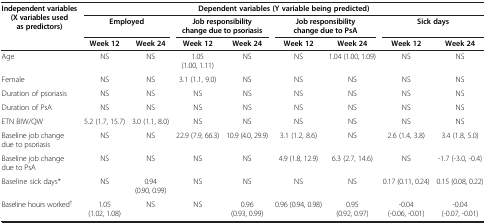
<table><thead><tr><td rowspan="2"><b>Independent variables (X variables used as predictors)</b></td><td colspan="8"><b>Dependent variables (Y variable being predicted)</b></td></tr><tr><td colspan="2"><b>Employed</b></td><td colspan="2"><b>Job responsibility change due to psoriasis</b></td><td colspan="2"><b>Job responsibility change due to PsA</b></td><td colspan="2"><b>Sick days</b></td></tr><tr><td><b> </b></td><td><b>Week 12</b></td><td><b>Week 24</b></td><td><b>Week 12</b></td><td><b>Week 24</b></td><td><b>Week 12</b></td><td><b>Week 24</b></td><td><b>Week 12</b></td><td><b>Week 24</b></td></tr></thead><tbody><tr><td>Age</td><td>NS</td><td>NS</td><td>1.05 (1.00, 1.11)</td><td>NS</td><td>NS</td><td>1.04 (1.00, 1.09)</td><td>NS</td><td>NS</td></tr><tr><td>Female</td><td>NS</td><td>NS</td><td>3.1 (1.1, 9.0)</td><td>NS</td><td>NS</td><td>NS</td><td>NS</td><td>NS</td></tr><tr><td>Duration of psoriasis</td><td>NS</td><td>NS</td><td>NS</td><td>NS</td><td>NS</td><td>NS</td><td>NS</td><td>NS</td></tr><tr><td>Duration of PsA</td><td>NS</td><td>NS</td><td>NS</td><td>NS</td><td>NS</td><td>NS</td><td>NS</td><td>NS</td></tr><tr><td>ETN BIW/QW</td><td>5.2 (1.7, 15.7)</td><td>3.0 (1.1, 8.0)</td><td>NS</td><td>NS</td><td>NS</td><td>NS</td><td>NS</td><td>NS</td></tr><tr><td>Baseline job change due to psoriasis</td><td>NS</td><td>NS</td><td>22.9 (7.9, 66.3)</td><td>10.9 (4.0, 29.9)</td><td>3.1 (1.2, 8.6)</td><td>NS</td><td>2.6 (1.4, 3.8)</td><td>3.4 (1.8, 5.0)</td></tr><tr><td>Baseline job change due to PsA</td><td>NS</td><td>NS</td><td>NS</td><td>NS</td><td>4.9 (1.8, 12.9)</td><td>6.3 (2.7, 14.6)</td><td>NS</td><td>-1.7 (-3.0, -0.4)</td></tr><tr><td>Baseline sick days*</td><td>NS</td><td>0.94 (0.90, 0.99)</td><td>NS</td><td>NS</td><td>NS</td><td>NS</td><td>0.17 (0.11, 0.24)</td><td>0.15 (0.08, 0.22)</td></tr><tr><td>Baseline hours worked<sup>†</sup></td><td>1.05 (1.02, 1.08)</td><td>NS</td><td>NS</td><td>0.96 (0.93, 0.99)</td><td>0.96 (0.94, 0.98)</td><td>0.95 (0.92, 0.97)</td><td>-0.04 (-0.06, -0.01)</td><td>-0.04 (-0.07, -0.01)</td></tr></tbody></table>